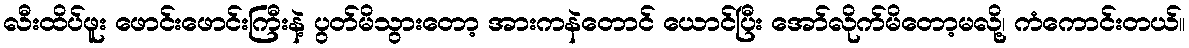
လီးထိပ်ဖူး ဖောင်းဖောင်းကြီးနဲ့ ပွတ်မိသွားတော့ အားကနဲတောင် ယောင်ပြီး အော်လိုက်မိတော့မလို့၊ ကံကောင်းတယ်။